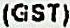
(GST)